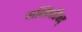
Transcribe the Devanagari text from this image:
मन्त्रिपरिषद्‍